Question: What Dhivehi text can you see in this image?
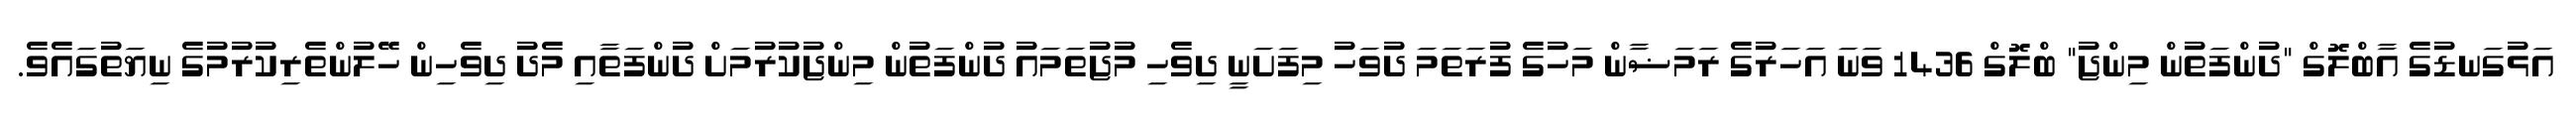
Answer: އަޅުގަނޑުގެ އާބްލޮގް "ދުންފަތުން މިންޖު" ބްލޮގް 1436 ވަނަ އަހަރުގެ ރަމަޟާން މަހުގެ ފުރަތަމަ ދުވަހު މިފަށަނީ ދިވެހި މުޖުތަމައު ދުންފަތުން މިންޖުކުރުމަށް ދުންފަތާއި މެދު ދިވެހިން ހޭލުންތެރިކުރުމުގެ ނިޔަތުގައެވެ.